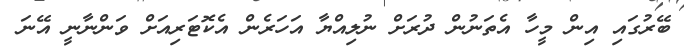
ބޭރުގައި އިން މީހާ އެތަނުން ދުރަށް ނުލިއްޔާ އަހަރެން އެކޮޓަރިއަށް ވަންނާނީ އޭނަ